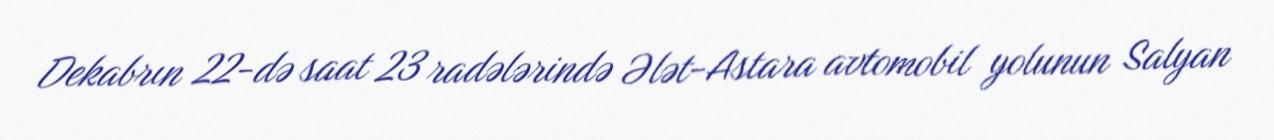
Dekabrın 22-də saat 23 radələrində Ələt-Astara avtomobil yolunun Salyan